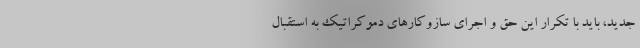
جدید، باید با تکرار این حق و اجرای سازوکارهای دموکراتیک به استقبال